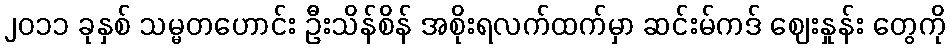
၂၀၁၁ ခုနှစ် သမ္မတဟောင်း ဦးသိန်စိန် အစိုးရလက်ထက်မှာ ဆင်းမ်ကဒ် ဈေးနှုန်း တွေကို